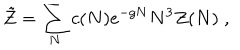
LaTeX: \tilde { Z } = \sum _ { N } c ( N ) e ^ { - g N } N ^ { 3 } Z ( N ) \; ,